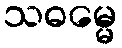
သဓမ္မေ